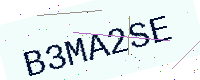
Text: B3MA2SE